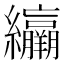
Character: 𦇽